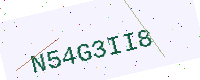
Text: N54G3II8